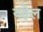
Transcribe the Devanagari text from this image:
यहेल